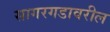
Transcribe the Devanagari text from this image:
सागरगडावरील